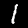
Label: 1